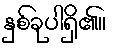
နှစ်ခုပါရှိ၏။